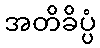
အတိခိပ္ပံ